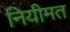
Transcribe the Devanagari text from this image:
नियीमत